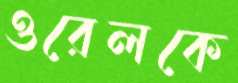
ওরেলকে